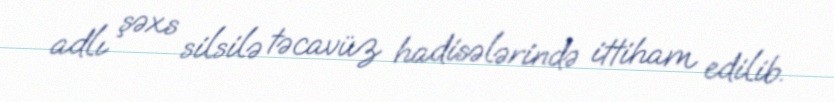
adlı şəxs silsilə təcavüz hadisələrində ittiham edilib.